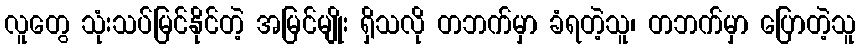
လူတွေ သုံးသပ်မြင်နိုင်တဲ့ အမြင်မျိုး ရှိသလို တဘက်မှာ ခံရတဲ့သူ၊ တဘက်မှာ ပြောတဲ့သူ